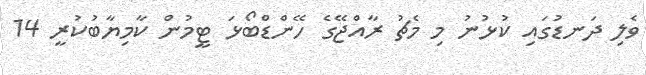
ވެލި ދަނޑުގައި ކުޅުނު މި މެޗު ރާއްޖޭގެ ހޭންޑްބޯޅަ ޓީމުން ކާމިޔާބުކުރީ 14